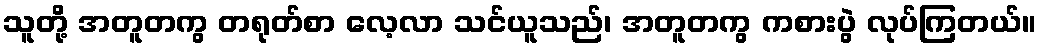
သူတို့ အတူတကွ တရုတ်စာ လေ့လာ သင်ယူသည်၊ အတူတကွ ကစားပွဲ လုပ်ကြတယ်။